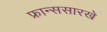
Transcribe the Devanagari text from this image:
फ्रान्ससारखे